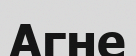
Агне